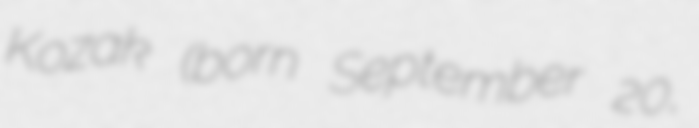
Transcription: Kozak (born September 20,